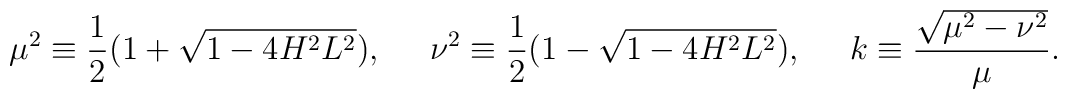
\mu^2\equiv\frac{1}{2}(1+\sqrt{1-4H^2L^2}),\;\;\;\;\;\nu^2\equiv\frac{1}{2}(1-\sqrt{1-4H^2L^2}),\;\;\;\;\;k\equiv\frac{\sqrt{\mu^2-\nu^2}}{\mu}.